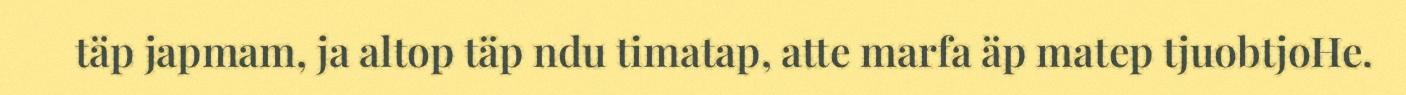
täp japmam, ja altop täp ndu timatap, atte marfa äp matep tjuobtjoHe.